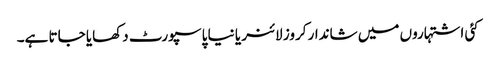
کئی اشتہاروں میں شاندار کروز لائنر یا نیا پاسپورٹ دکھایا جاتا ہے۔